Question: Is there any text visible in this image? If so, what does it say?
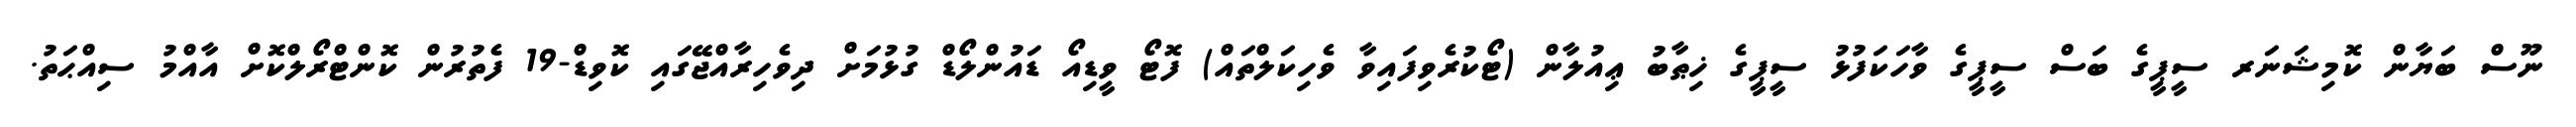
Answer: ނޫސް ބަޔާން ކޮމިޝަނަރ ސީޕީގެ ބަސް ސީޕީގެ ވާހަކަފުޅު ސީޕީގެ ޚިޠާބު ޢިއުލާން (ޓޯކުރެވިފައިވާ ވެހިކަލްތައް) ފޮޓޯ ވީޑިއޯ ޑައުންލޯޑް ގުޅުމަށް ދިވެހިރާއްޖޭގައި ކޮވިޑް-19 ފެތުރުން ކޮންޓްރޯލްކޮށް އާއްމު ސިއްޙަތު.